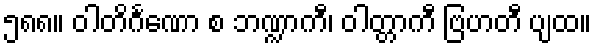
၅၈၈။ ဝါတိင်္ဂဏော စ ဘဏ္ဍာကီ၊ ဝါတ္တာကီ ဗြဟတီ ပျထ။